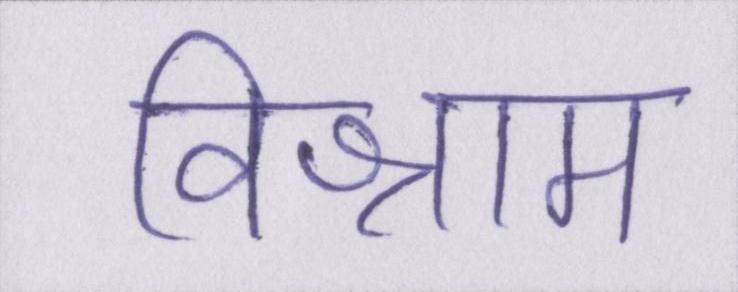
विश्राम